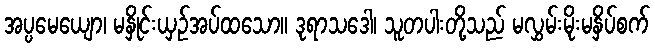
အပ္ပမေယျော၊ မနှိုင်းယှဉ်အပ်ထသော။ ဒုရာသဒေါ၊ သူတပါးတို့သည် မလွှမ်းမိုးမနှိပ်စက်